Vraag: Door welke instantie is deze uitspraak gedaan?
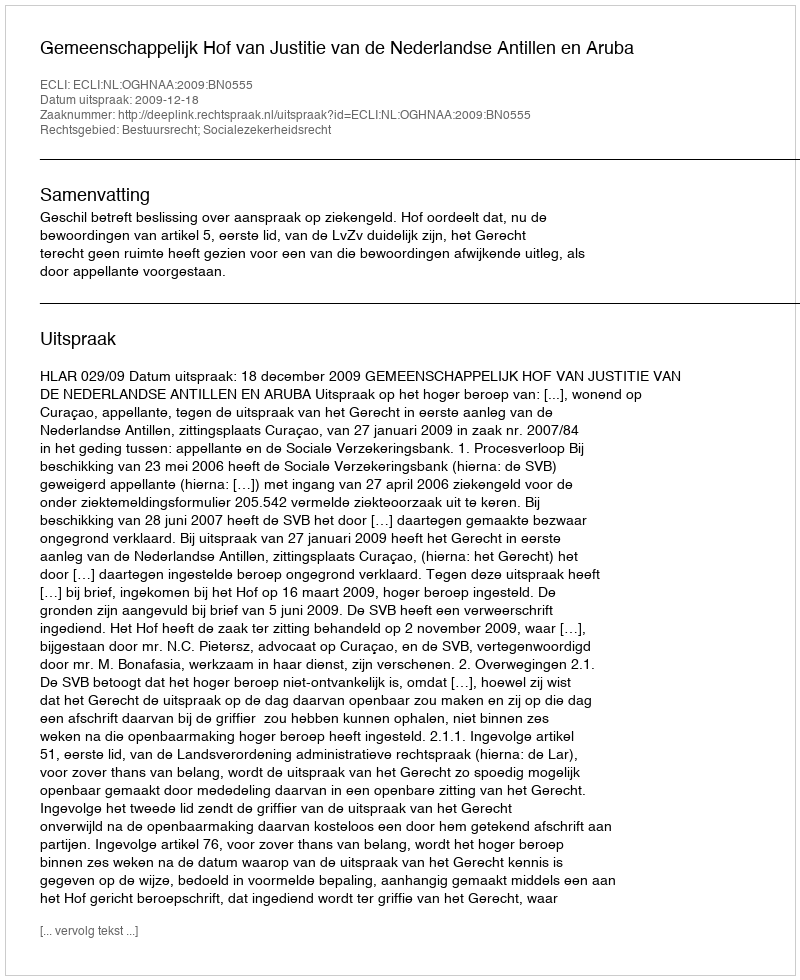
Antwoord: Gemeenschappelijk Hof van Justitie van de Nederlandse Antillen en Aruba